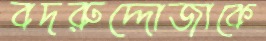
বদরুদ্দোজাকে